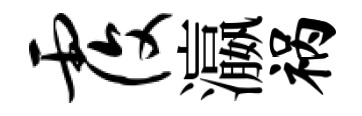
覆瀛祸